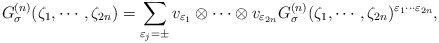
\begin{align*}G^{(n)}_\sigma(\zeta_1,\cdots,\zeta_{2n})=\sum_{\varepsilon_j =\pm} v_{\varepsilon_1} \otimes \cdots \otimes v_{\varepsilon_{2n}} G^{(n)}_\sigma(\zeta_1,\cdots,\zeta_{2n})^{\varepsilon_1 \cdots \varepsilon_{2n}}, \end{align*}